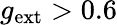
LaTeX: g_{\mathrm{ext}}>0.6